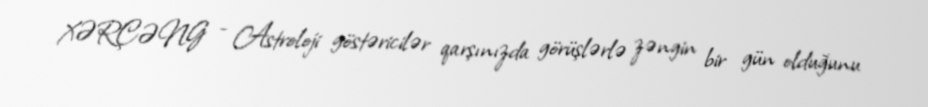
XƏRÇƏNG - Astroloji göstəricilər qarşınızda görüşlərlə zəngin bir gün olduğunu